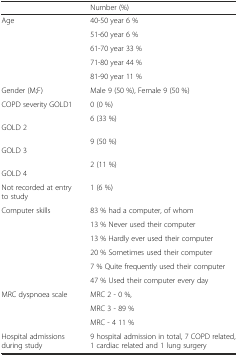
|  | Number (%) |
 | --- | --- |
 | <ROWSPAN=5> Age | 40-50 year 6 % |
 | 51-60 year 6 % |
 | 61-70 year 33 % |
 | 71-80 year 44 % |
 | 81-90 year 11 % |
 | Gender (M;F) | Male 9 (50 %), Female 9 (50 %) |
 | COPD severity GOLD1 | 0 (0 %) |
 | GOLD 2 | 6 (33 %) |
 | GOLD 3 | 9 (50 %) |
 | GOLD 4 | 2 (11 %) |
 | Not recorded at entry to study | 1 (6 %) |
 | <ROWSPAN=6> Computer skills | 83 % had a computer, of whom |
 | 13 % Never used their computer |
 | 13 % Hardly ever used their computer |
 | 20 % Sometimes used their computer |
 | 7 % Quite frequently used their computer |
 | 47 % Used their computer every day |
 | <ROWSPAN=3> MRC dyspnoea scale | MRC 2 - 0 %, |
 | MRC 3 - 89 % |
 | MRC - 4 11 % |
 | Hospital admissions during study | 9 hospital admission in total, 7 COPD related, 1 cardiac related and 1 lung surgery |